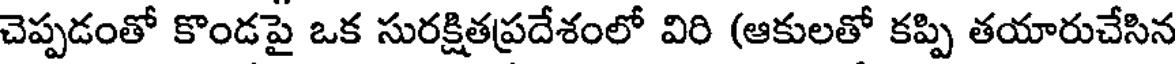
చెప్పడంతో కొండపై ఒక సురక్షితప్రదేశంలో విరి (ఆకులతో కప్పి తయారుచేసిన